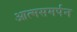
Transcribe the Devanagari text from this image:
आत्मसमर्पन